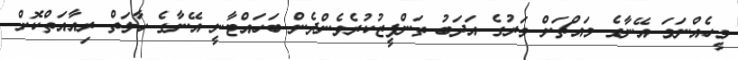
މީހެއްނަމަ އޭނާގެ މައްޗަށް މަރުގެ އަދަބު ތަންފީޒުކުރެވެންދެން ބަހައްޓާނީ އޭނާގެ ހާލަތް ރިއާއަތްކޮށް